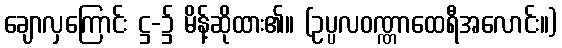
ချောလှကြောင်း ဋ္ဌ-၌ မိန့်ဆိုထား၏။ (ဥပ္ပလဝဏ္ဏာထေရီအလောင်း။)